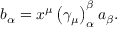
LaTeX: b _ { \alpha } = x ^ { \mu } \left( \gamma _ { \mu } \right) _ { \alpha } ^ { \beta } a _ { \beta } .